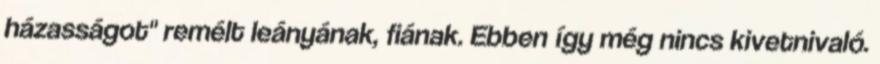
házasságot" remélt leányának, fiának. Ebben így még nincs kivetnivaló.